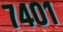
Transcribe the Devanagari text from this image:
७४०१